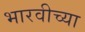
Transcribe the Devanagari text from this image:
भारवीच्या